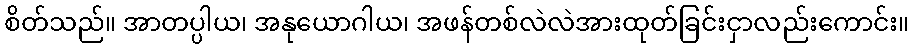
စိတ်သည်။ အာတပ္ပါယ၊ အနုယောဂါယ၊ အဖန်တစ်လဲလဲအားထုတ်ခြင်းငှာလည်းကောင်း။